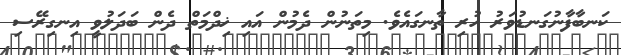
ކަނބާފާނުގަނޑުވަރު ހުރި ތާނގައެވެ. މިތަނުން ދެމުން އައި ޚިދްމަތް ދެން ބަދަލުވީ އިނގިރޭސި